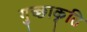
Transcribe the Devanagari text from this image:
गुच्छाकृति